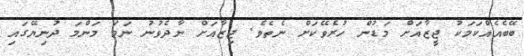
ބޭބެއެއްކަމަކު ޖީޒާއަށް މަޑުން ހުރެވޭކަށް ނެތެވެ. ޖިޒާއަށް ނާދެވުނު ނަމަ މަންމަ ދުނިޔޭގައި